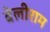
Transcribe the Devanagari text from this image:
बेलीराम